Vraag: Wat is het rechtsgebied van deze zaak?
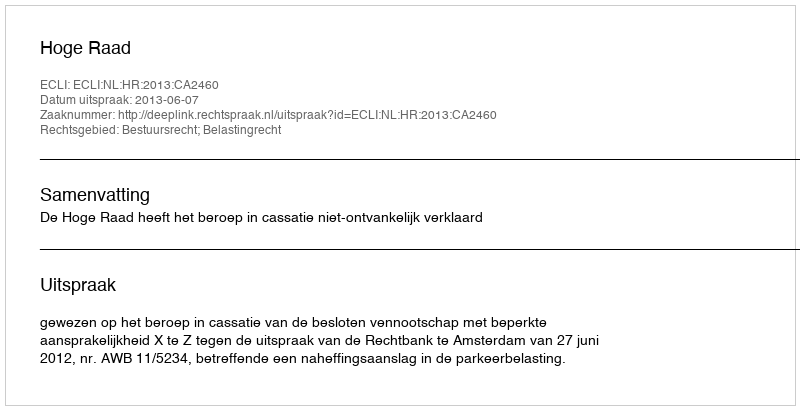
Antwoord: Bestuursrecht; Belastingrecht